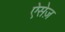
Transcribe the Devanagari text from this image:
ऐसेज़